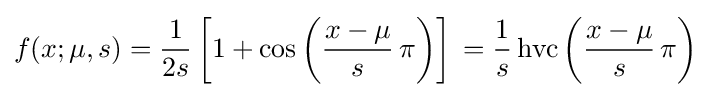
f(x;\mu ,s)={\frac {1}{2s}}\left[1+\cos \left({\frac {x-\mu }{s}}\,\pi \right)\right]\,={\frac {1}{s}}\operatorname {hvc} \left({\frac {x-\mu }{s}}\,\pi \right)